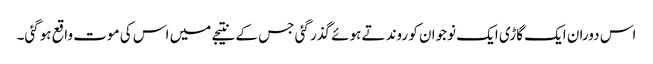
اس دوران ایک گاڑی ایک نوجوان کو روندتے ہوئے گذر گئی جس کے نتیجے میں اس کی موت واقع ہوگئی۔